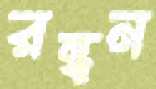
রন্ধন